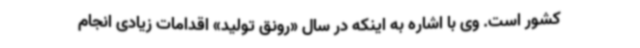
کشور است. وی با اشاره به اینکه در سال «رونق تولید» اقدامات زیادی انجام